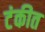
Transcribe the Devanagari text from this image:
टंकीत